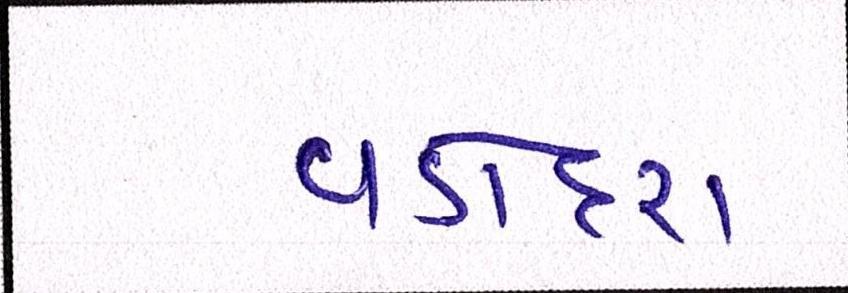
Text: વડોદરા